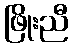
ဖြိုးညီ